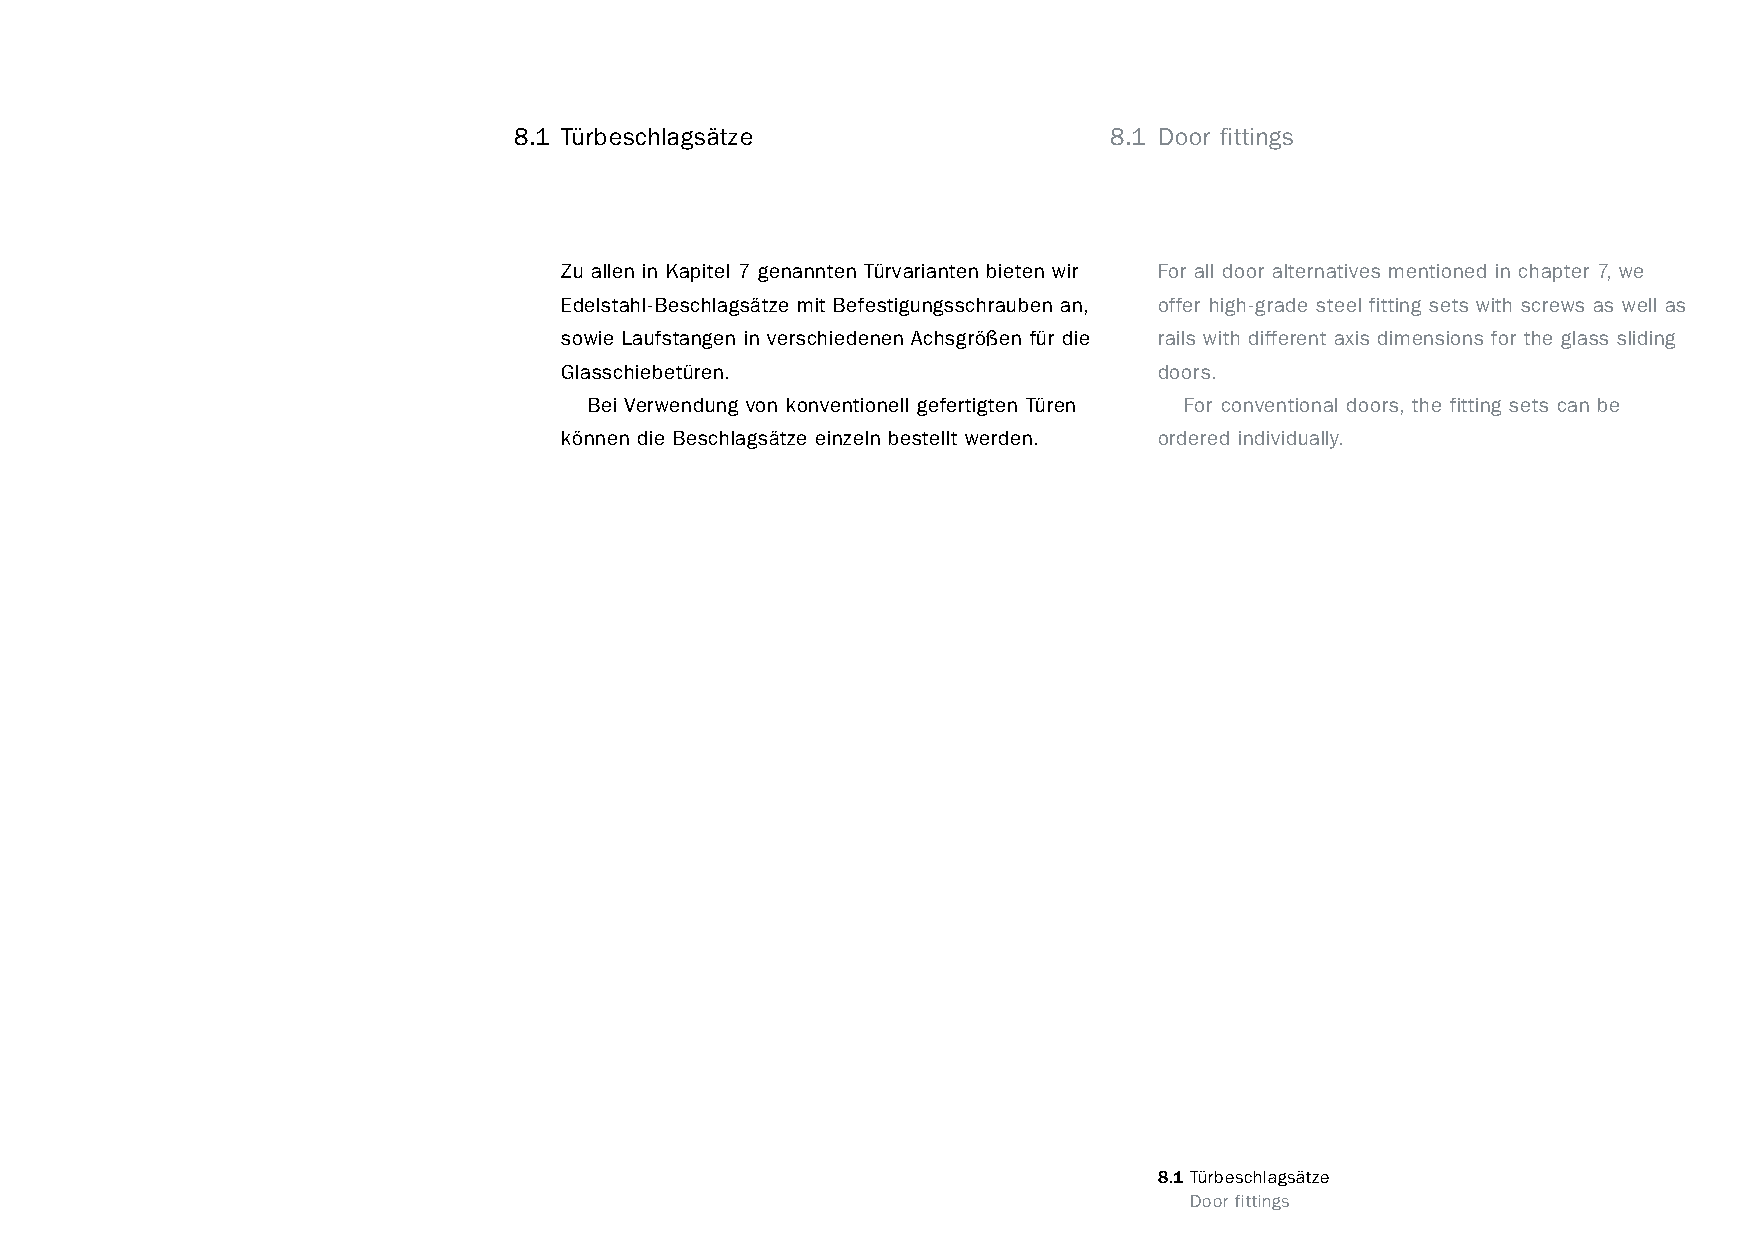
constructivpila petite        8.1 Türbeschlagsätze                    8.1 Door fittings
 Zu allen in Kapitel 7 genannten Türvarianten bieten wir For all door alternatives mentioned in chapter 7, we
 Edelstahl-Beschlagsätze mit Befestigungsschrauben an, offer high-grade steel fitting sets with screws as well as
 sowie Laufstangen in verschiedenen Achsgrößen für die rails with different axis dimensions for the glass sliding
 Glasschiebetüren.                       doors.
 Bei Verwendung von konventionell gefertigten Türen For conventional doors, the fitting sets can be
 können die Beschlagsätze einzeln bestellt werden. ordered individually.
 8.1 Türbeschlagsätze
 www.burkhardtleitner.de                                                    Door fittings